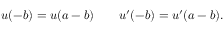
u ( - b ) = u ( a - b ) \qquad u ^ { \prime } ( - b ) = u ^ { \prime } ( a - b ) .